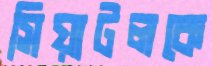
সিয়াটলকে